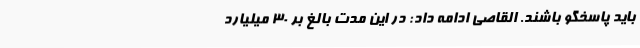
باید پاسخگو باشند. القاصی ادامه داد: در این مدت بالغ بر ۳۰ میلیارد